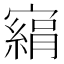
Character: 𡫂